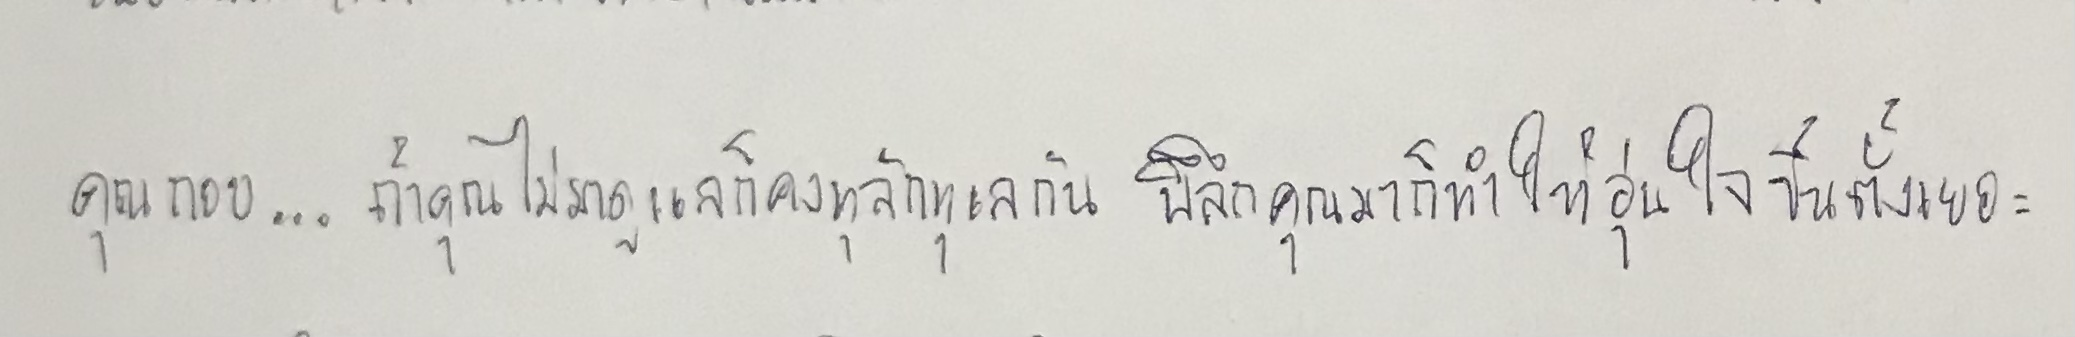
คุณกอบ...ถ้าคุณไม่มาดูแลก็คงทุลักทุเลกันพิลึกคุณมาก็ทำให้อุ่นใจขึ้นตั้งเยอะ"